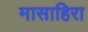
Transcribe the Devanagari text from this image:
मासाहिरा